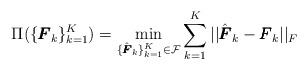
LaTeX: \begin{align*}\Pi(\{\pmb{F}_{k}\}_{k=1}^K)=\min_{\{\hat{\pmb{F}}_{k}\}_{k=1}^K \in \mathcal{F}} \sum\limits_{k=1}^K||\hat{\pmb{F}}_{k}-\pmb{F}_{k}||_F\end{align*}